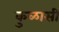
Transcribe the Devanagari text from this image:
कुळासी